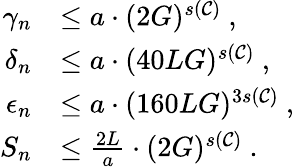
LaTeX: \begin{array}{rl}{\gamma_{n}}&{\le a\cdot(2G)^{s(\mathcal{C})}~,}\\ {\delta_{n}}&{\le a\cdot(40LG)^{s(\mathcal{C})}~,}\\ {\epsilon_{n}}&{\le a\cdot(160LG)^{3s(\mathcal{C})}~,}\\ {S_{n}}&{\le\frac{2L}{a}\cdot(2G)^{s(\mathcal{C})}~.}\end{array}